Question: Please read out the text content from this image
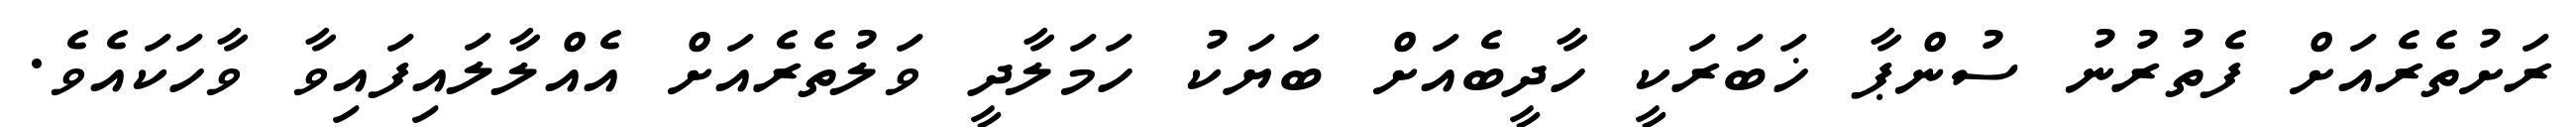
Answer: ރަށުތެރެއަށް ފެތުރުނު ސުންޕާ ޚަބަރަކީ ހާދީބެއަށް ބަޔަކު ހަމަލާދީ ވަލުތެރެއަށް އެއްލާލައިފައިވާ ވާހަކައެވެ.